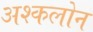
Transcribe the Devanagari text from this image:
अश्कलोन